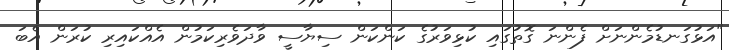
"އަޅުގަނޑުމެންނަށް ފެންނަ ގޮތުގައި ކުޅިވަރުގެ ކަންކަން ސިޔާސީ ވާދަވެރިކަމުން އެއްކައިރި ކުރަން އެބަ